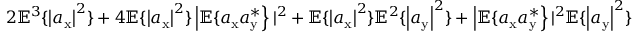
2 \mathbb { E } ^ { 3 } \{ \left| a _ { \mathrm { x } } \right| ^ { 2 } \} + 4 \mathbb { E } \{ \left| a _ { \mathrm { x } } \right| ^ { 2 } \} \left| \mathbb { E } \{ a _ { \mathrm { x } } a _ { \mathrm { y } } ^ { * } \right\} | ^ { 2 } + \mathbb { E } \{ \left| a _ { \mathrm { x } } \right| ^ { 2 } \} \mathbb { E } ^ { 2 } \{ \left| a _ { \mathrm { y } } \right| ^ { 2 } \} + \left| \mathbb { E } \{ a _ { \mathrm { x } } a _ { \mathrm { y } } ^ { * } \right\} | ^ { 2 } \mathbb { E } \{ \left| a _ { \mathrm { y } } \right| ^ { 2 } \}